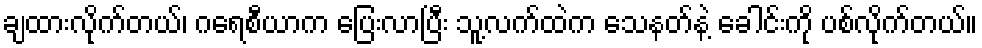
ချထားလိုက်တယ်၊ ဂရေစီယာက ပြေးလာပြီး သူ့လက်ထဲက သေနတ်နဲ့ ခေါင်းကို ပစ်လိုက်တယ်။